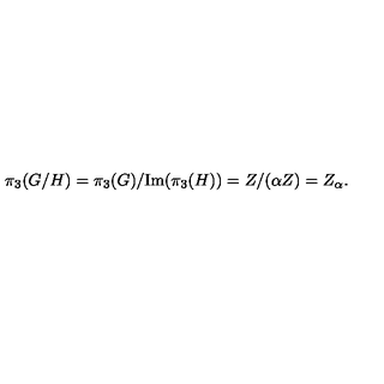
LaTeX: \pi _ { 3 } ( G / H ) = \pi _ { 3 } ( G ) / \mathrm { I m } ( \pi _ { 3 } ( H ) ) = Z / ( \alpha Z ) = Z _ { \alpha } .